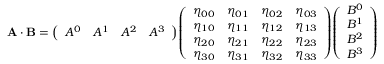
\mathbf { A \cdot B } = { \left( \begin{array} { l l l l } { A ^ { 0 } } & { A ^ { 1 } } & { A ^ { 2 } } & { A ^ { 3 } } \end{array} \right) } { \left( \begin{array} { l l l l } { \eta _ { 0 0 } } & { \eta _ { 0 1 } } & { \eta _ { 0 2 } } & { \eta _ { 0 3 } } \\ { \eta _ { 1 0 } } & { \eta _ { 1 1 } } & { \eta _ { 1 2 } } & { \eta _ { 1 3 } } \\ { \eta _ { 2 0 } } & { \eta _ { 2 1 } } & { \eta _ { 2 2 } } & { \eta _ { 2 3 } } \\ { \eta _ { 3 0 } } & { \eta _ { 3 1 } } & { \eta _ { 3 2 } } & { \eta _ { 3 3 } } \end{array} \right) } { \left( \begin{array} { l } { B ^ { 0 } } \\ { B ^ { 1 } } \\ { B ^ { 2 } } \\ { B ^ { 3 } } \end{array} \right) }